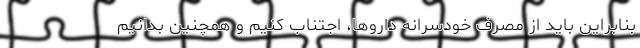
بنابراین باید از مصرف خودسرانه داروها، اجتناب کنیم و همچنین بدانیم